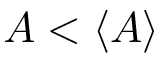
A < \langle A \rangle